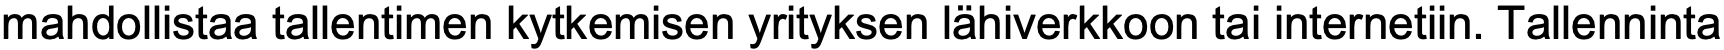
mahdollistaa tallentimen kytkemisen yrityksen lähiverkkoon tai internetiin. Tallenninta